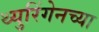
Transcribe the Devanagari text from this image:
थ्युरिंगेनच्या